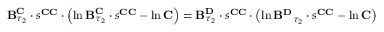
\begin{array} { r } { \mathbf { B } _ { \tau _ { 2 } } ^ { \mathbf { C } } \cdot s ^ { \mathbf { C C } } \cdot \left( \ln \mathbf { B } _ { \tau _ { 2 } } ^ { \mathbf { C } } \cdot s ^ { \mathbf { C C } } - \ln \mathbf { C } \right) = \mathbf { B } _ { \tau _ { 2 } } ^ { \mathbf { D } } \cdot s ^ { \mathbf { C C } } \cdot \left( \ln \mathbf { B ^ { \mathbf { D } } } _ { \tau _ { 2 } } \cdot s ^ { \mathbf { C C } } - \ln \mathbf { C } \right) } \end{array}